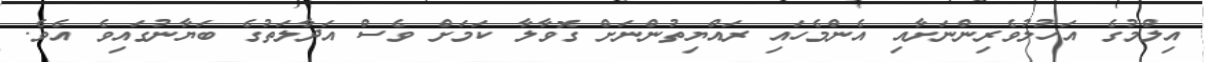
އިލްމުގެ އަހުލުވެރިންނަށާއި އެންމެހައި ރައްޔިތުންނަށް ގޮވާލާ ކަމަށް ވެސް އަދާލަތުގެ ބަޔާނުގައިވެ އެވެ.